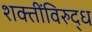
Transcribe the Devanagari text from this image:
शक्तींविरुद्ध